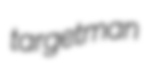
targetman